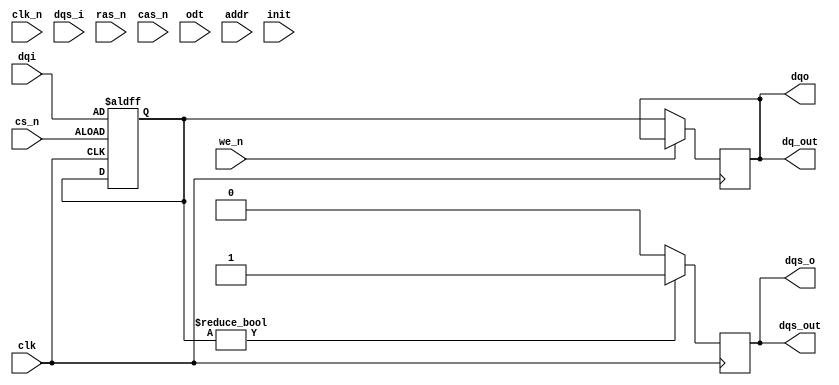
module ddr2_sdram_io (
    input wire clk,              // Differential clock input (CK)
    input wire clk_n,            // Differential clock input (CK#)
    input wire [DQ_WIDTH-1:0] dqi,  // Data input from memory controller
    output wire [DQ_WIDTH-1:0] dqo,  // Data output to memory controller
    input wire dqs_i,            // Data Strobe input
    output wire dqs_o,           // Data Strobe output
    input wire cs_n,             // Chip Select (active low)
    input wire ras_n,            // Row Address Strobe (active low)
    input wire cas_n,            // Column Address Strobe (active low)
    input wire we_n,             // Write Enable (active low)
    input wire odt,              // On-Die Termination control
    input wire [3:0] addr,       // Address lines
    input wire init,             // Initialization signal
    output wire [DQ_WIDTH-1:0] dq_out, // Output data lines
    output wire dqs_out          // Output DQS line
);

parameter DQ_WIDTH = 8; // Data width (8, 16, 32 bits)
parameter DELAY_ADJUST = 2; // Delay adjustment for DQS

// Internal signals
reg [DQ_WIDTH-1:0] dq_reg; // Register for data output
reg dqs_reg;               // Register for DQS output
reg [DQ_WIDTH-1:0] dqi_reg; // Register for incoming data
reg odt_reg;               // Register for ODT control

// Input buffer for data
always @(posedge clk or negedge cs_n) begin
    if (!cs_n) begin
        dqi_reg <= dqi; // Capture input data when chip is selected
    end
end

// Output buffer for data
always @(posedge clk) begin
    if (!we_n) begin
        dq_reg <= dqi_reg; // Drive output data on write enable
    end
end

// DQS generation
always @(posedge clk) begin
    if (dqi_reg != 0) begin
        dqs_reg <= 1'b1; // Assert DQS when data is valid
    end else begin
        dqs_reg <= 1'b0; // Deassert DQS when no data
    end
end

// Assign outputs
assign dqo = dq_reg;
assign dqs_o = dqs_reg;

// On-Die Termination control
always @(posedge clk) begin
    if (init) begin
        odt_reg <= odt; // Control ODT based on initialization
    end
end

// Output assignments
assign dq_out = dq_reg;
assign dqs_out = dqs_reg;

endmodule